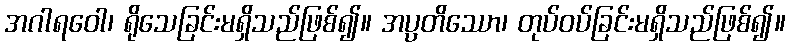
အဂါရဝေါ၊ ရိုသေခြင်းမရှိသည်ဖြစ်၍။ အပ္ပတိဿော၊ တုပ်ဝပ်ခြင်းမရှိသည်ဖြစ်၍။